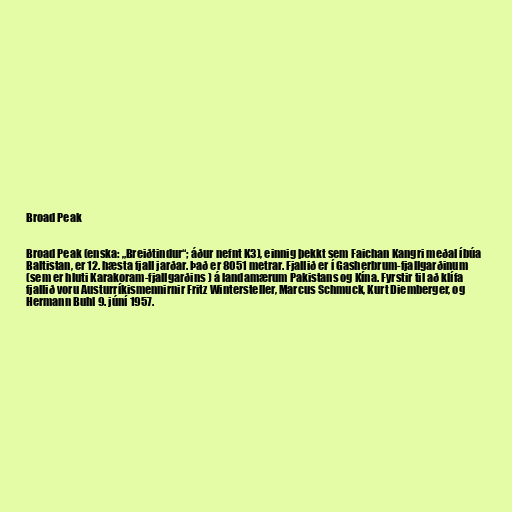
Broad Peak

Broad Peak (enska: „Breiðtindur“; áður nefnt K3), einnig þekkt sem Faichan Kangri meðal íbúa
Baltistan, er 12. hæsta fjall jarðar. Það er 8051 metrar. Fjallið er í Gasherbrum-fjallgarðinum
(sem er hluti Karakoram-fjallgarðins ) á landamærum Pakistans og Kína. Fyrstir til að klífa
fjallið voru Austurríkismennirnir Fritz Wintersteller, Marcus Schmuck, Kurt Diemberger, og
Hermann Buhl 9. júní 1957.